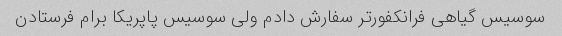
سوسیس گیاهی فرانکفورتر سفارش دادم ولی سوسیس پاپریکا برام فرستادن